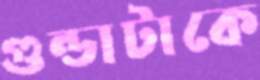
গুন্ডাটাকে